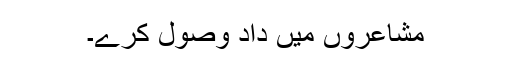
مشاعروں میں داد وصول کرے۔